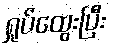
ရှုပ်ထွေးပြီး